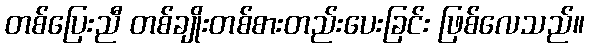
တစ်ပြေးညီ တစ်ချိုးတစ်စားတည်းပေးခြင်း ဖြစ်လေသည်။